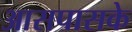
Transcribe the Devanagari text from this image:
आसपासके